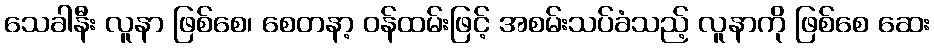
သေခါနီး လူနာ ဖြစ်စေ၊ စေတနာ့ ဝန်ထမ်းဖြင့် အစမ်းသပ်ခံသည့် လူနာကို ဖြစ်စေ ဆေး